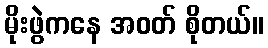
မိုးဖွဲကနေ အဝတ် စိုတယ်။